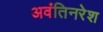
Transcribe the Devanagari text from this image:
अवंतिनरेश